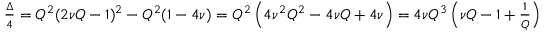
\begin{array} { r } { \frac { \Delta } { 4 } = Q ^ { 2 } ( 2 \nu Q - 1 ) ^ { 2 } - Q ^ { 2 } ( 1 - 4 \nu ) = Q ^ { 2 } \left( 4 \nu ^ { 2 } Q ^ { 2 } - 4 \nu Q + 4 \nu \right) = 4 \nu Q ^ { 3 } \left( \nu Q - 1 + \frac { 1 } { Q } \right) . } \end{array}